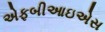
એફબીઆઇએસ